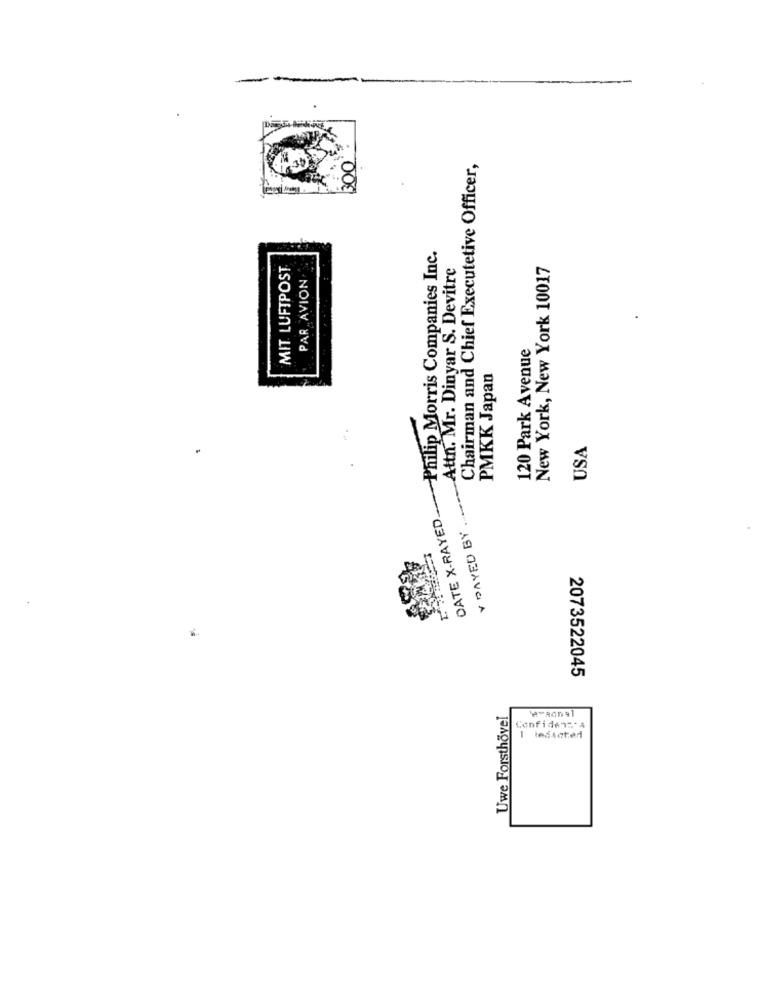
Chairman and Chief Executetive Officer,
Philip Morris Companies Inc.
MIT LUFTPOST
Attn. Mr. Dinyar S. Devitre
New York, New York 10017
PAR AVION
120 Park Avenue
PMKK Japan
USA
Y DAYED BY
DATE X-RAYED ...
2073522045
Uwe Forsthövel
'eraonal
Confiden =* 4
1 tedacted